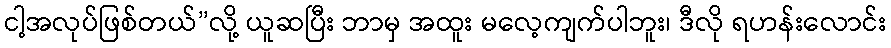
ငါ့အလုပ်ဖြစ်တယ်”လို့ ယူဆပြီး ဘာမှ အထူး မလေ့ကျက်ပါဘူး၊ ဒီလို ရဟန်းလောင်း